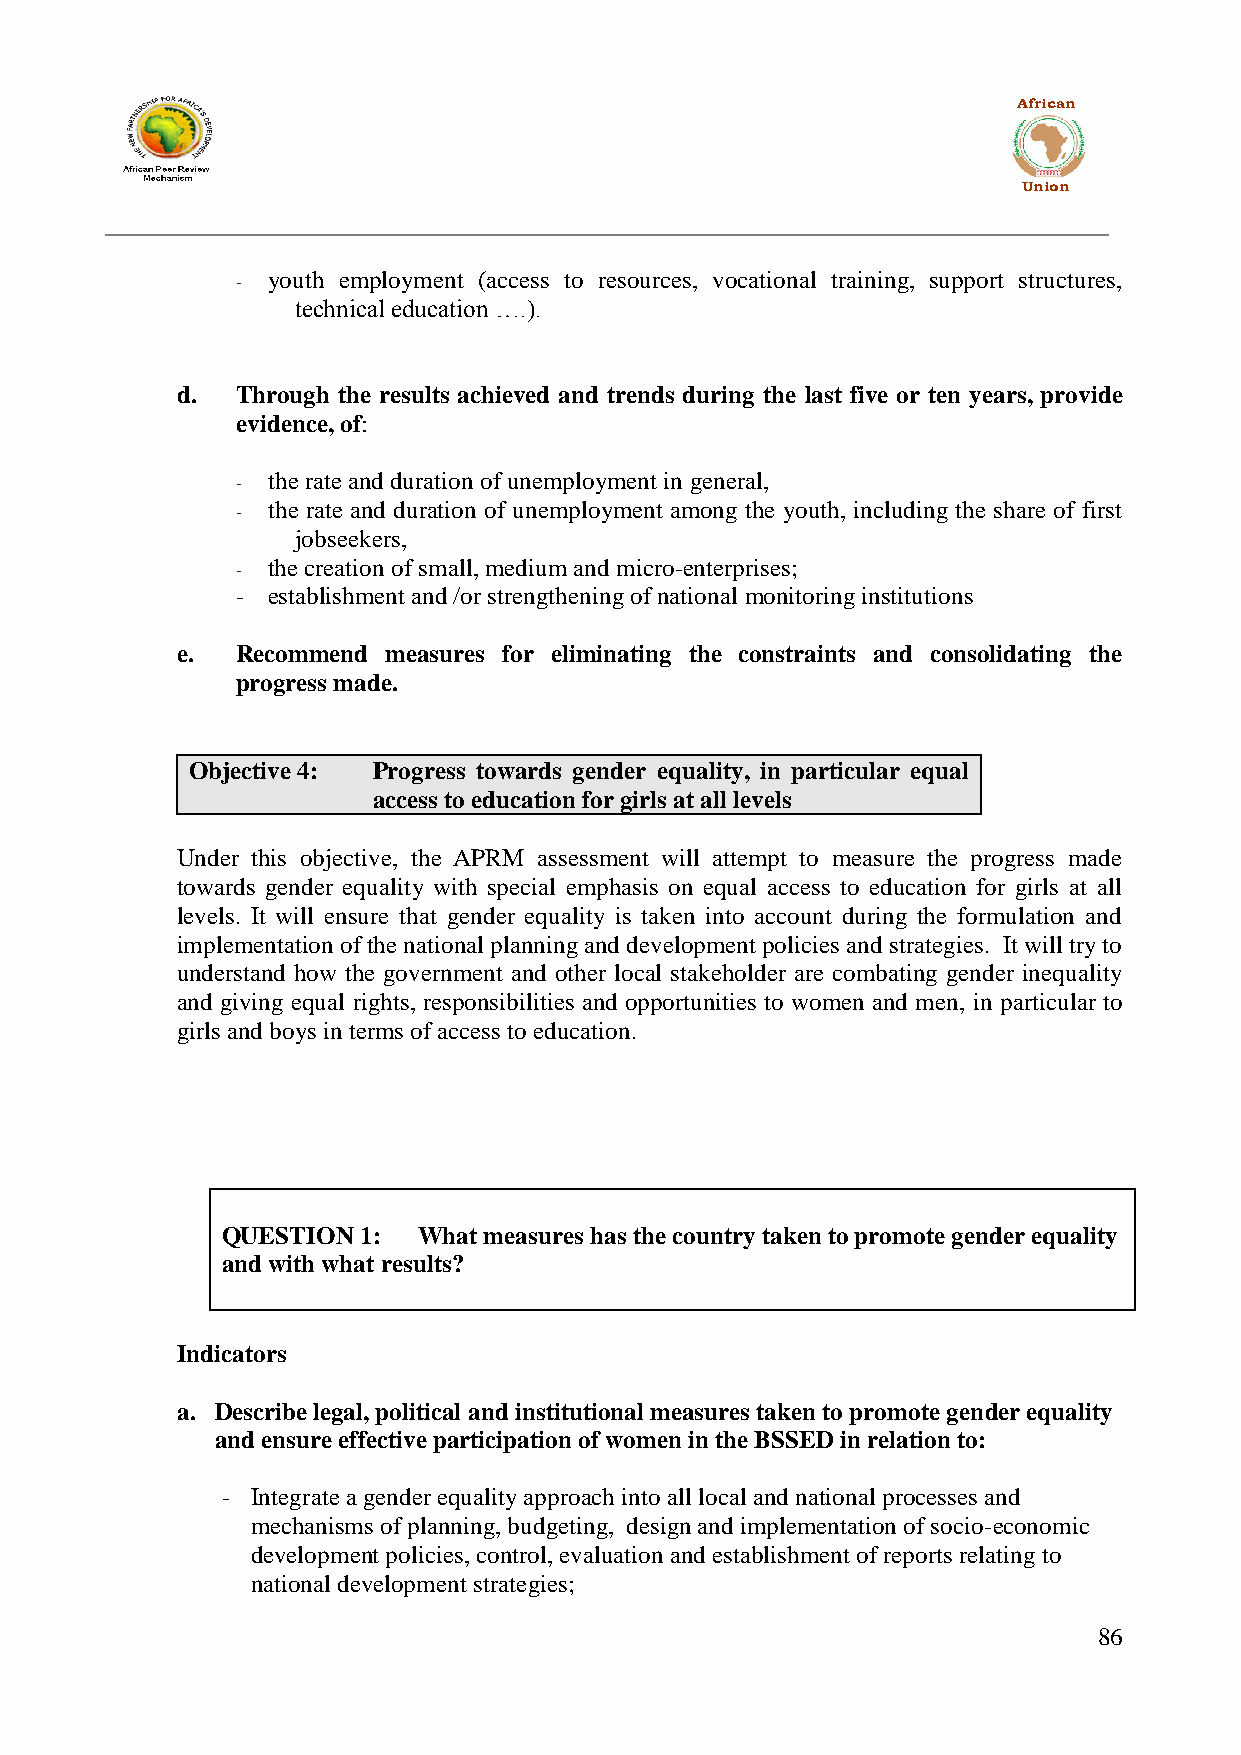
African
 Union
 youth employment (access to resources, vocational training, support structures,
 -
 technical education ….).
 d.  Through the results achieved and trends during the last five or ten years, provide
 evidence, of:
 the rate and duration of unemployment in general,
 -
 the rate and duration of unemployment among the youth, including the share of first
 -
 jobseekers,
 the creation of small, medium and micro-enterprises;
 -
 - establishment and /or strengthening of national monitoring institutions
 e.  Recommend measures for eliminating the constraints and consolidating the
 progress made.
 Objective 4: Progress towards gender equality, in particular equal
 access to education for girls at all levels
 Under this objective, the APRM assessment will attempt to measure the progress made
 towards gender equality with special emphasis on equal access to education for girls at all
 levels. It will ensure that gender equality is taken into account during the formulation and
 implementation of the national planning and development policies and strategies. It will try to
 understand how the government and other local stakeholder are combating gender inequality
 and giving equal rights, responsibilities and opportunities to women and men, in particular to
 girls and boys in terms of access to education.
 QUESTION 1:  What measures has the country taken to promote gender equality
 and with what results?
 Indicators
 a. Describe legal, political and institutional measures taken to promote gender equality
 and ensure effective participation of women in the BSSED in relation to:
 - Integrate a gender equality approach into all local and national processes and
 mechanisms of planning, budgeting, design and implementation of socio-economic
 development policies, control, evaluation and establishment of reports relating to
 national development strategies;
 86